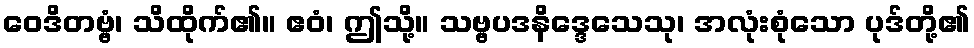
ဝေဒိတဗ္ဗံ၊ သိထိုက်၏။ ဧဝံ၊ ဤသို့။ သဗ္ဗပဒနိဒ္ဒေသေသု၊ အလုံးစုံသော ပုဒ်တို့၏